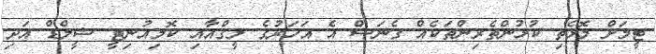
ޓީމަށް މޮޅެތި ކުޅުންތެރިންތަކެއް ގެނަސް އެ އަހަރުގެ ލީގްއާއި ކޮމިއުނިޓީ ޝީލްޑް އަދި